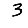
Digit: 3